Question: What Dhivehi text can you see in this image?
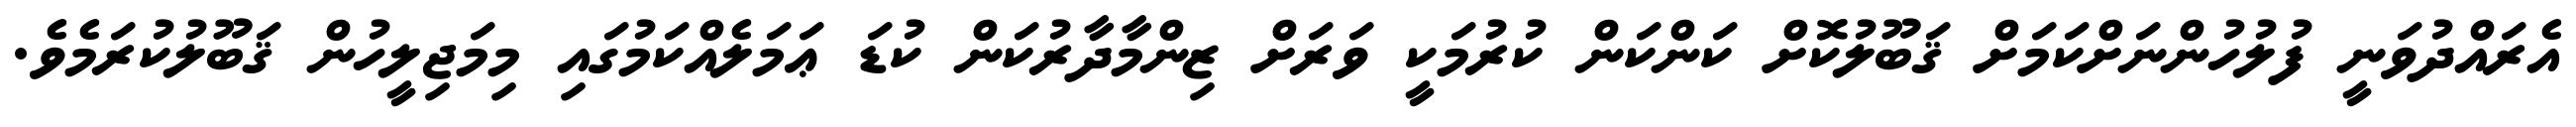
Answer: އެރައްދުވަނީ ފުލުހުންނަށްކަމަށް ޤަބޫލުކޮށް ކަންކަން ކުރުމަކީ ވަރަށް ޒިންމާދާރުކަން ކުޑަ ޢަމަލެއްކަމުގައި މިމަޖިލީހުން ޤަބޫލުކުރަމެވެ.